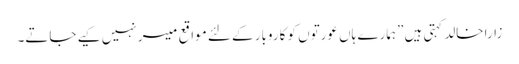
زارا خالد کہتی ہیں ”ہمارے ہاں عورتوں کو کاروبار کے لئے مواقع میسر نہیں کیے جاتے۔